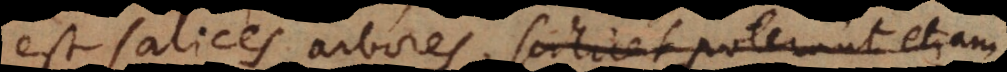
est salices arbores, scilicet poter